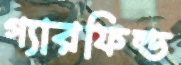
গ্যারফিল্ড